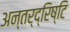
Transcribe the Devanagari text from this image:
अन्तर्द्रिष्टि